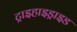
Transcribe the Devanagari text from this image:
ट्राइहाइड्राइड